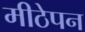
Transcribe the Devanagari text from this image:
मीठेपन